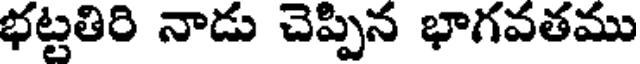
భట్టతిరి నాడు చెప్పిన భాగవతము